Sketch of the medical history of the native army of Bombay, for the year
Year: 1876
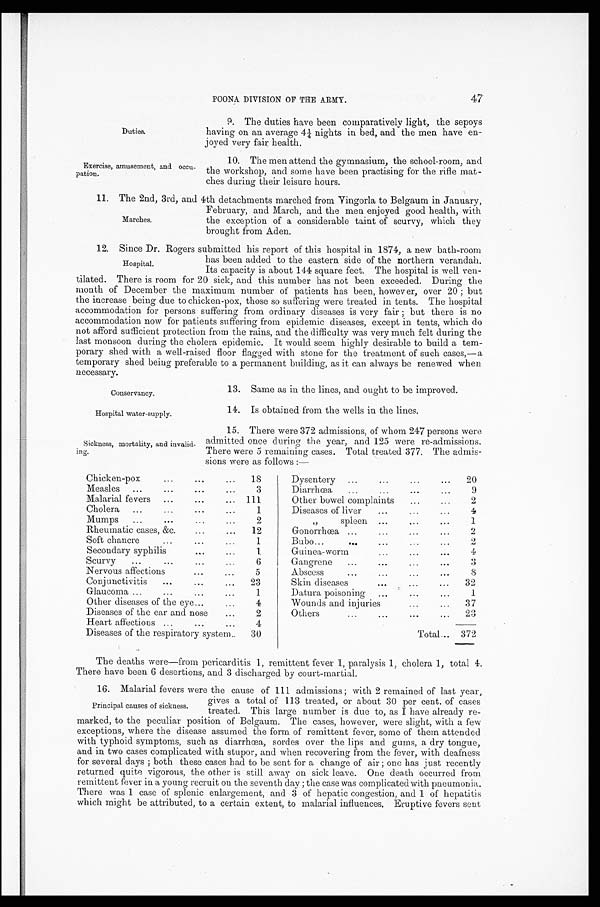
Conservancy.
Hospital water-supply.
sickness, mortality, and invalid--
ing.
Chicken-pox
...
...
...
18
Measles ...
...
...
...
3
Malarial fevers ...
...
... 111
Cholera
...
...
. . . . . .
1
Mumps
...
...
. . . . . .
2
Rheumatic cases, &c. ...
...
12
Soft chancre
...
...
...
1
Secondary syphilis
. . . . . .
1
Scurvy
... ...
...
...
6
Nervous affections
...
...
5
Conjunctivitis
...
... ...
2 3
Glaucoma ...
...
...
...
1
Other diseases of the eye
...
...
4
Diseases of the ear and nose
...
2
Heart affections ...
...
...
4
Diseases of the respiratory system..
30
Dysentery
...
... ...
20
Diarrhœa
...
...
...
...
9
Other bowel complaint
...
...
2
Diseases of liver
...
...
...
4
„ spleen ...
...
...
1
Gonorrhœa ...
...
... ...
2
Bubo...
...
... ...
2
2
Guinea-worm
...
...
...
4
Gangrene
...
...
...
...
3
Abscess
...
...
...
...
8
Skin diseases
...
. . . . . .
32
Datura poisoning ...
...
...
1
Wounds and injuries
...
. . .
37
Others
...
...
...
...
23
Total ... 372
Duties.
Exercise, amusement, and occu-
pation.
POONA DIVISION OF THE ARMY.
47
9. The duties have been comparatively light, the sepoys
having on an average 4¼ nights in bed, and the men have en-
joyed very fair health.
10. The men attend the gymnasium, the school-room, and
the workshop, and some have been practising for the rifle mat--
ches during their leisure hours.
11. The 2nd, 3rd, and 4th detachments marched from Vingorla to Belgaum in January,
February, and March, and the men enjoyed good health, with
the exception of a considerable taint of scurvy, which they
brought from Aden.
12. Since Dr. Rogers submitted his report of this hospital in 1874, a new bath-room
has been added to the eastern side of the northern verandah.
Its capacity is about 144 square feet. The hospital is well ven--
tilated. There is room for 20 sick, and this number has not been exceeded. During the
month of December the maximum number of patients has been, however, over 20 ; but
the increase being due to chicken-pox, those so suffering were treated in tents. The hospital
accommodation for persons suffering from ordinary diseases is very fair ; but there is no
accommodation now for patients suffering from epidemic diseases, except in tents, which do
not afford sufficient protection from the rains, and the difficulty was very much felt during the
last monsoon during the cholera epidemic. It would seem highly desirable to build a tem--
porary shed with a well-raised floor flagged with stone for the treatment of such cases,—a
temporary shed being preferable to a permanent building, as it can always be renewed when
necessary.
Marches.
Hospital.
13. Same as in the lines, and ought to be improved.
14. Is obtained from the wells in the lines.
15. There were 372 admissions, of whom 247 persons were
admitted once during the year, and 125 were re-admissions.
There were 5 remaining cases. Total treated 377. The admis-
sions were as follows :—
The deaths were—from pericarditis 1, remittent fever 1, paralysis 1, cholera 1, total 4.
There have been 6 desertions, and 3 discharged by court-martial.
16. Malarial fevers were the cause of 111 admissions ; with 2 remained of last year,
gives a total of 113 treated, or about 30 per cent. of cases
treated. This large number is due to, as I have already re-
marked, to the peculiar position of Belgaum. The cases, however, were slight, with a few
exceptions, where the disease assumed the form of remittent fever, some of them attended
with typhoid symptoms, such as diarrhœa, sordes over the lips and gums, a dry tongue,
and in two cases complicated with stupor, and when recovering from the fever, with deafness
for several days ; both these cases had to be sent for a change of air ; one has just recently
returned quite vigorous, the other is still away on sick leave. One death occurred from
remittent fever in a young recruit on the seventh day ; the case was complicated with pneumonia.
There was 1 case of splenic enlargement, and 3 of hepatic congestion, and 1 of hepatitis
which might be attributed, to a certain extent, to malarial influences. Eruptive fevers sent
Principal causes of sickness.